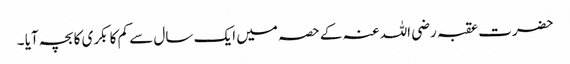
حضرت عقبہ رضی اللہ عنہ کے حصہ میں ایک سال سے کم کا بکری کا بچہ آیا ۔